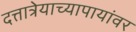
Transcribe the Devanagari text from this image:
दत्तात्रेयाच्यापायांवर